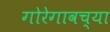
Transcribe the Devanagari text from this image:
गोरेगावच्या